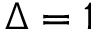
\Delta = 1